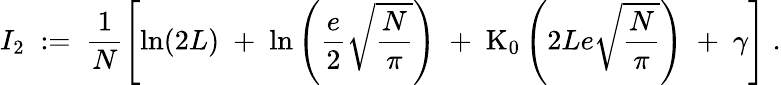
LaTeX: I_{2}\; :=\; \frac{1}{N}\left[\ln(2L)\; +\; \ln\left(\frac{e}{2}\sqrt{\frac{N}{\pi}}\right)\; +\; \mathrm{K}_{0}\left(2Le\sqrt{\frac{N}{\pi}}\right)\; +\; \gamma\right]\; .